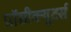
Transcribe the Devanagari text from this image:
प्रॉसीक्यूटर्स